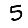
Digit: 5